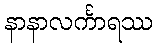
နာနာလင်္ကာရဿ